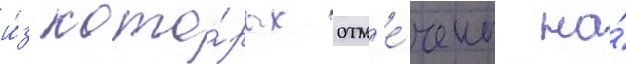
и́з кото́рых отм'е́чены на́